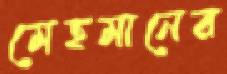
মেহমানের